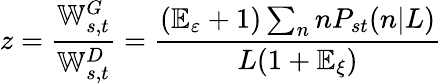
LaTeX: z=\frac{\mathbb{W}_{s,t}^{G}}{\mathbb{W}_{s,t}^{D}}=\frac{(\mathbb{E}_{\varepsilon}+1)\sum_{n}nP_{st}(n|L)}{L(1+\mathbb{E}_{\xi})}